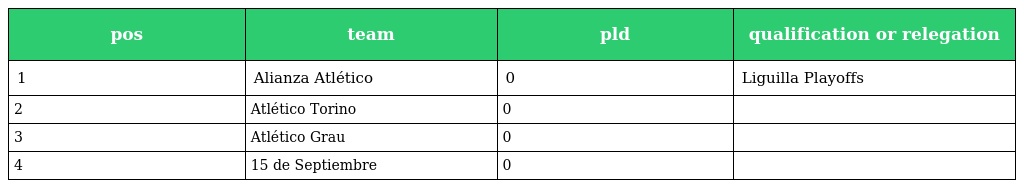
| pos | team | pld | qualification or relegation |
 | --- | --- | --- | --- |
 | 1 | Alianza Atlético | 0 | Liguilla Playoffs |
 | 2 | Atlético Torino | 0 |  |
 | 3 | Atlético Grau | 0 |  |
 | 4 | 15 de Septiembre | 0 |  |